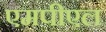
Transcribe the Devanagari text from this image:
एमपीएल